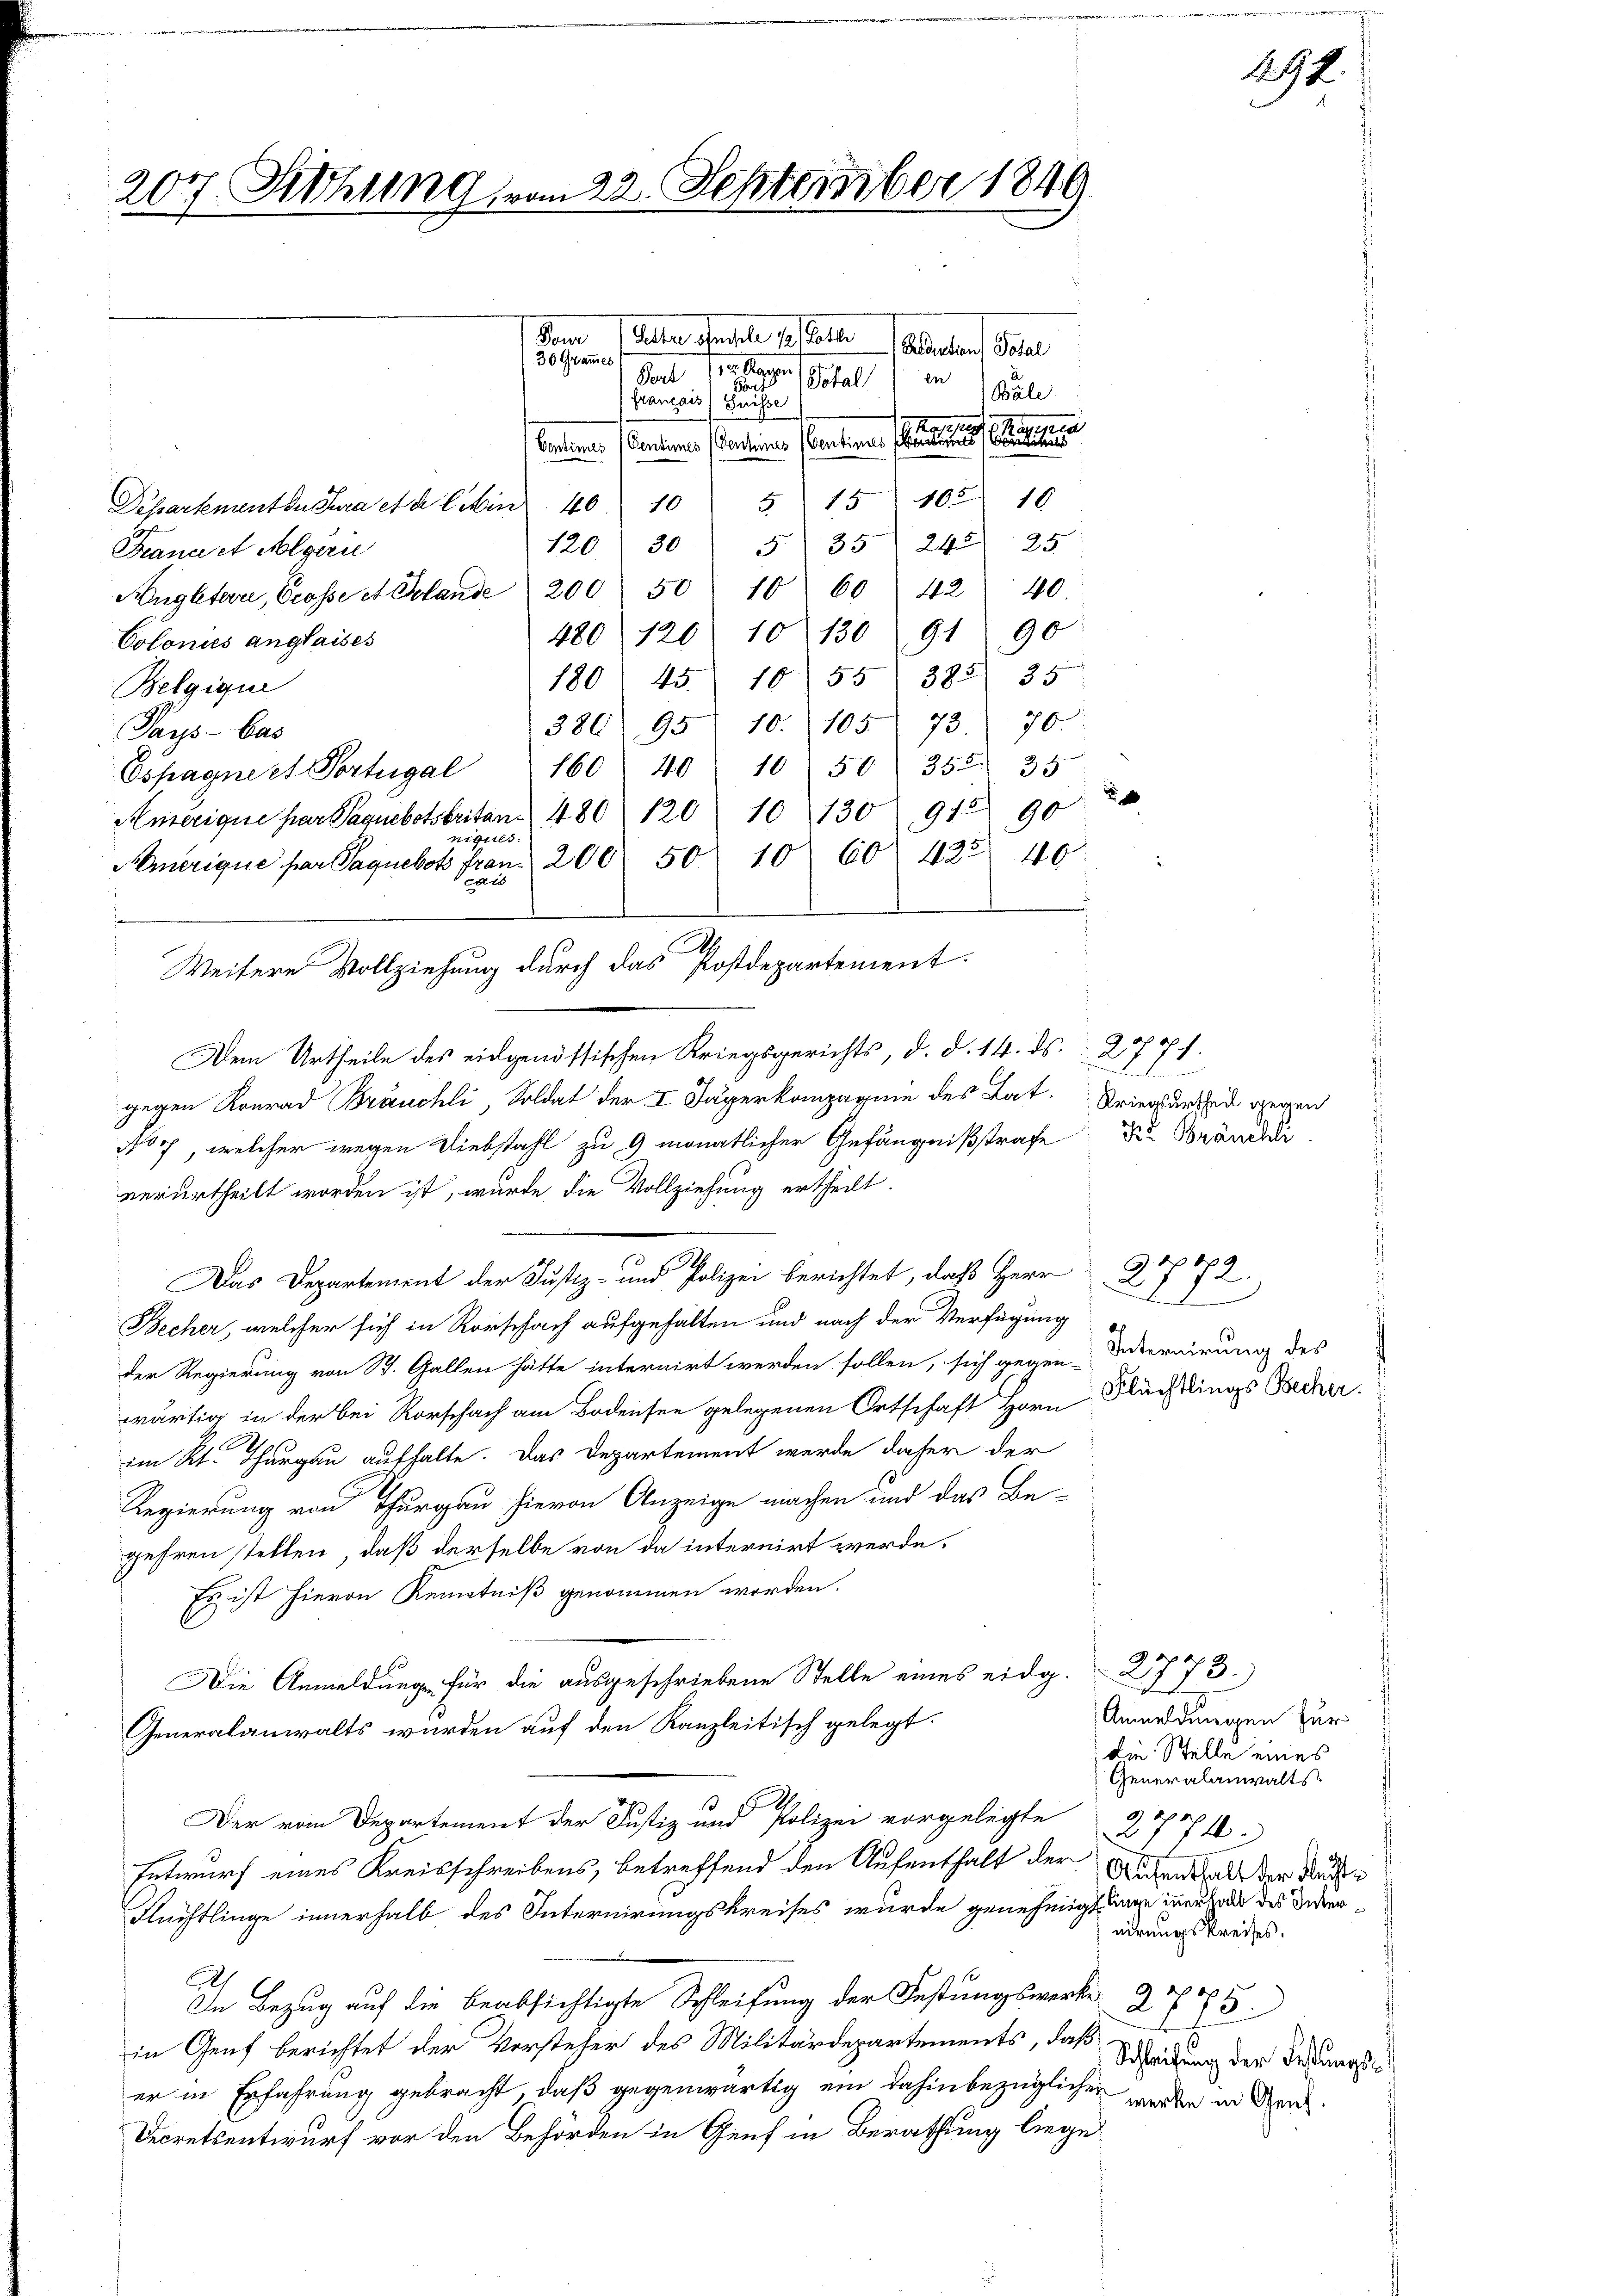
207. Sitzung vom 22. September 1849

tem Guter densel Gestalte Rector Piper
30 Grammes
Pert
e Sorgen (Pofal in Bäle.
Fors
Francais (Suisse
Haltung
Centimes (Centimes (Vereins (Contines kann
Departement den Jura etc liten 40 10 5 15 102 10
12030 535 245) 25
Francet Algerie
Hngletern, Grasse et Gelände 200 50 10 60 42 40.
480. 120) 10° 13091 90
Colonis anglaises
180. 45. 1055/ 383. 35
Belgigue
386. 95. 10. 105. 73. 70.
Pays-Bas
Espagnert Portugal 160 40 10 50 355. 35
Amerique par Paquebotsbritan 480 120 10 130 912 90
niques.
Amerique par Tagebots fran 200 50 10 60) 422 40
Pats
19.
27.
l
Becher, welcher sich in Rorschach aufgehalten und nach der Verfügung
der Regierung von St. Gallen hätte internirt werden sollen, sich gegen Sternirung des
wärtig in der bei Rorschach am Bodensee gelegenen Ortschaft Horn Flüchtlings Becher
im Kt. Thurgau aufhalte. Das Departement werde daher der
Regierung von Thurgau hievon Anzeige machen und das Be-
gehren stellen, daß derselbe von da internirt werde.
Es ist hievon Kenntniß genommen worden.
Die Anmeldung für die ausgeschriebene Stelle eines eidg. 2773.)
Anmeldungen zur
Generalanwalts wurden auf den Kanzleitisch gelegt.
die Stelle eines
Generalanwalts
 2 x
Der vom Departement der Justiz und Polizei vorgelegte
2774.
Entwurf eines Kreisschreibens, betreffend den Aufenthalt der
Aufenthalt der Rechte
Flüchtlinge innerhalb des Internirungskreises wurde genehmigt ange inenfall des Widernirungskreises.
In Bezug auf die beabsichtigte Schleifung der Festungswerke 2785
in Genf berichtet der Vorsteher des Militärdepartements, daß
Schleifung der Festungs-
er in Erfahrung gebracht, daß gegenwärtig ein dahin bezüglichen werden in Gen
Decretsentwurf vor den Behörden in Genf in Berathung liege

A
Weitere Vollziehung durch das Postdepartement.
Dem Urtheile des eidgenössischen Kriegsgerichts, d. d. 14. ds. 2771.

gegen Konrad Bräuchli, Soldat der I Jägerkompagnie des Lat. Kriegenscheid gegen
No 7, welcher wegen Diebstahl zu 9 monatlicher Gefängnißstrafe der Brände
verurtheilt worden ist, wurde die Vollziehung ertheilt.

Das Departement der Justiz- und Polizei berichtet, daß Herr

med

¬

192